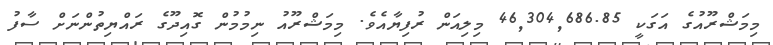
މިމަޝްރޫއުގެ އަގަކީ 46